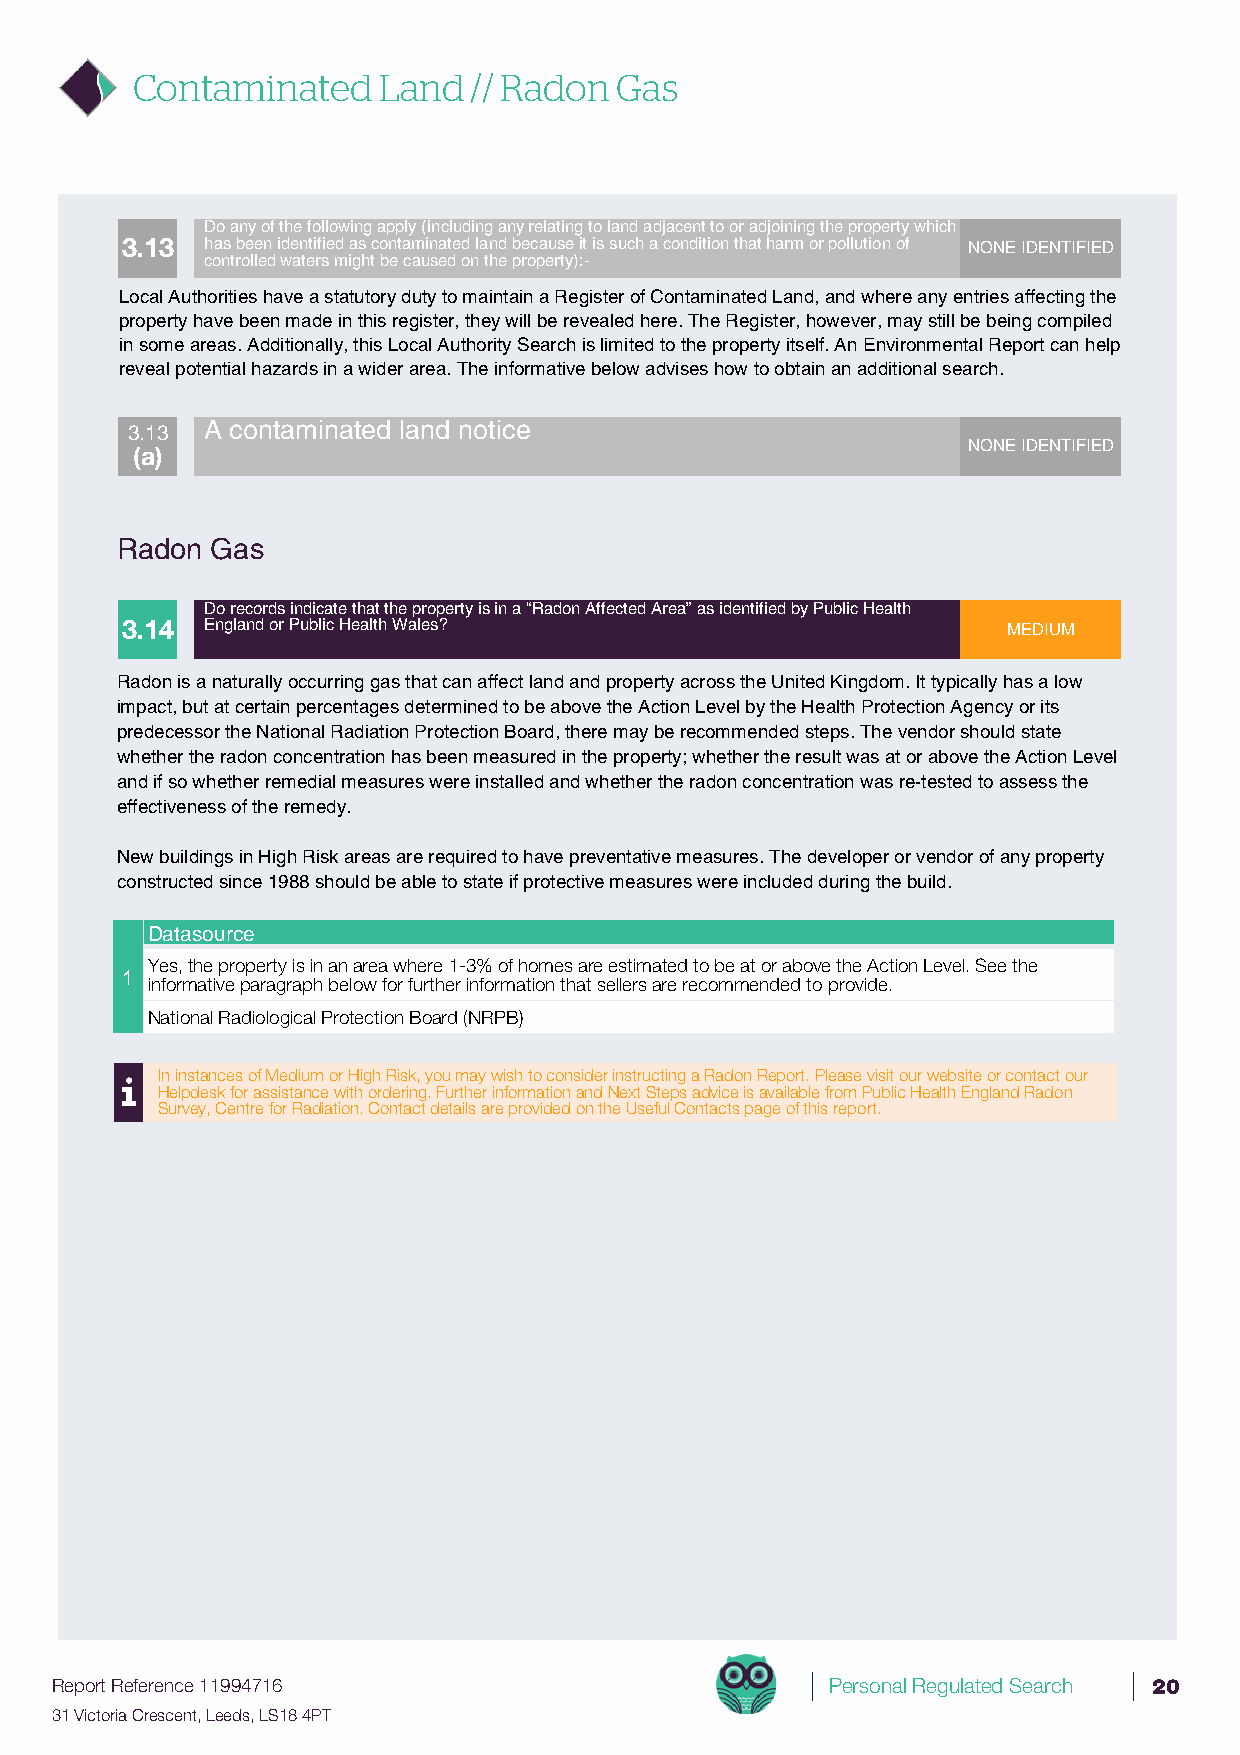
Contaminated    Land  // Radon  Gas
 Do any of the following apply (including any relating to land adjacent to or adjoining the property which
 3.13  has been identified as contaminated land because it is such a condition that harm or pollution of NONE IDENTIFIED
 controlled waters might be caused on the property):-
 Local Authorities have a statutory duty to maintain a Register of Contaminated Land, and where any entries affecting the
 property have been made in this register, they will be revealed here. The Register, however, may still be being compiled
 in some areas. Additionally, this Local Authority Search is limited to the property itself. An Environmental Report can help
 reveal potential hazards in a wider area. The informative below advises how to obtain an additional search.
 3.13  A contaminated land notice
 NONE IDENTIFIED
 (a)
 Radon Gas
 Do records indicate that the property is in a “Radon Affected Area” as identified by Public Health
 3.14  England or Public Health Wales?                      MEDIUM
 Radon is a naturally occurring gas that can affect land and property across the United Kingdom. It typically has a low
 impact, but at certain percentages determined to be above the Action Level by the Health Protection Agency or its
 predecessor the National Radiation Protection Board, there may be recommended steps. The vendor should state
 whether the radon concentration has been measured in the property; whether the result was at or above the Action Level
 and if so whether remedial measures were installed and whether the radon concentration was re-tested to assess the
 effectiveness of the remedy.
 New buildings in High Risk areas are required to have preventative measures. The developer or vendor of any property
 constructed since 1988 should be able to state if protective measures were included during the build.
 DDeattaaislsource
 Yes, the property is in an area where 1-3% of homes are estimated to be at or above the Action Level. See the
 1
 informative paragraph below for further information that sellers are recommended to provide.
 National Radiological Protection Board (NRPB)
 In instances of Medium or High Risk, you may wish to consider instructing a Radon Report. Please visit our website or contact our
 Helpdesk for assistance with ordering. Further information and Next Steps advice is available from Public Health England Radon
 Survey, Centre for Radiation. Contact details are provided on the Useful Contacts page of this report.
 Report Reference 11994716                           Personal Regulated Search 20
 31 Victoria Crescent, Leeds, LS18 4PT